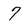
Character: 7